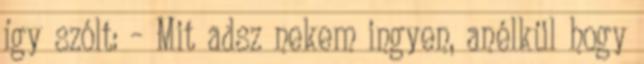
így szólt: – Mit adsz nekem ingyen, anélkül hogy